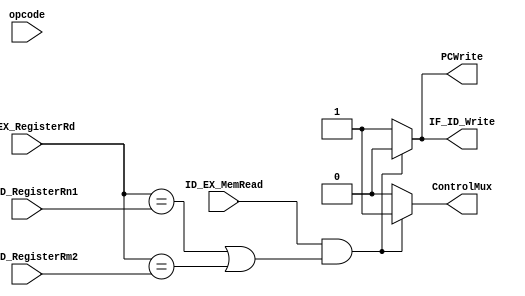
`timescale 1ns / 1ps
//////////////////////////////////////////////////////////////////////////////////
// Company: 
// Engineer: 
// 
// Design Name: 
// Module Name: hazard_detection_unit
// Project Name: 
// Target Devices: 
// Tool Versions: 
// Description: 
// 
// Dependencies: 
// 
// Revision:
// Revision 0.01 - File Created
// Additional Comments:
// 
//////////////////////////////////////////////////////////////////////////////////


module hazard_detection_unit(ID_EX_MemRead, ID_EX_RegisterRd, IF_ID_RegisterRn1, IF_ID_RegisterRm2, ControlMux, IF_ID_Write, PCWrite, opcode);
/** 
    ID_EX_RegisterRd - Destination Register in EX stage
    IF_ID_RegisterRn1 - - Source 1 Register in ID stage
    IF_ID_RegisterRm1 - - Source 2 Register in ID stage
    
    Can insert the stall between the load and
    the instruction dependent on it. 
    
    LDUR X1,[X31, #8]
    SUB X5,X4,X1
    
*/

input ID_EX_MemRead;
input [4:0] ID_EX_RegisterRd, IF_ID_RegisterRn1, IF_ID_RegisterRm2;
output reg ControlMux, IF_ID_Write, PCWrite;

input opcode;

reg HAZARD;

initial begin
ControlMux = 0; IF_ID_Write = 1; PCWrite = 1;
end

always@(*) begin
//If current instruction cotains Source Registers in ID that are equal to EX Desitionation Registers Stall
HAZARD <= (ID_EX_MemRead && ((ID_EX_RegisterRd == IF_ID_RegisterRn1) || (ID_EX_RegisterRd == IF_ID_RegisterRm2)));

if (ID_EX_MemRead && ((ID_EX_RegisterRd == IF_ID_RegisterRn1) || (ID_EX_RegisterRd == IF_ID_RegisterRm2))) begin 
    ControlMux = 1; //Zero out the control signals
    IF_ID_Write = 0; //Stop writing to the register
    PCWrite = 0; //Stop getting the next PC 
    end
    
else begin 
    ControlMux = 0;
    IF_ID_Write = 1; 
    PCWrite = 1; 
    end
end
endmodule